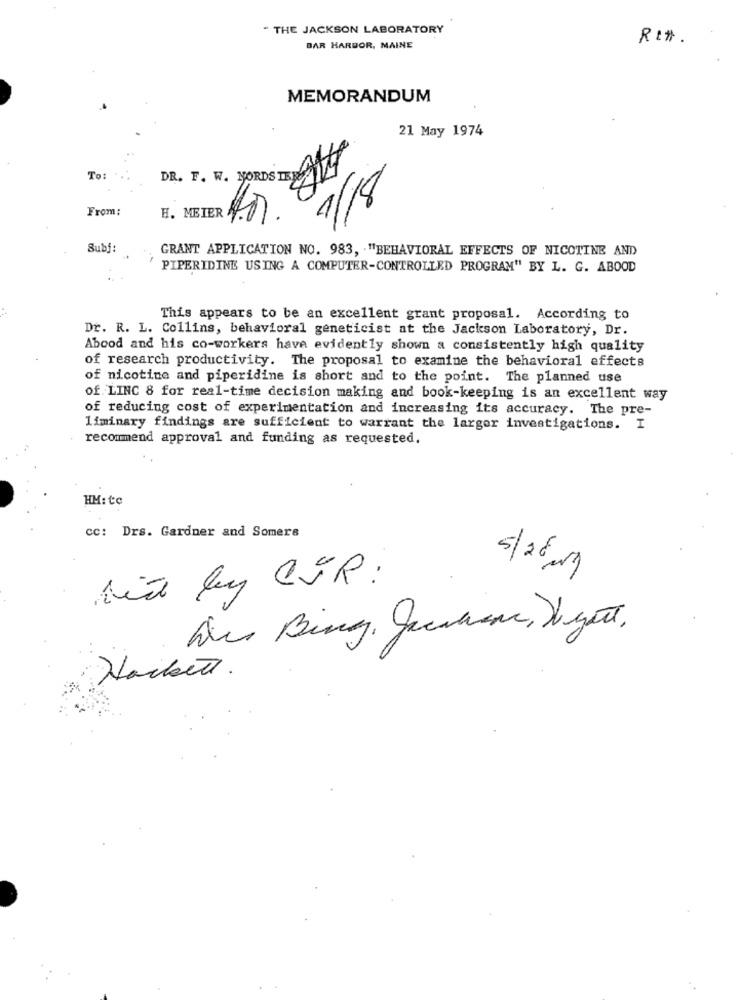
- THE JACKSON LABORATORY
Ret .
BAR HARBOR, MAINE
MEMORANDUM
21 May 1974
DR. T. W. WORDS TAK
To:
1/18
From:
H. MEIER
Subf:
GRANT APPLICATION NO. 983, "BEHAVIORAL EFFECTS OF NICOTINE AND
PIPERIDINE USING A COMPUTER-CONTROLLED PROGRAM" BY L. G. ABOOD
This appears to be an excellent grant proposal. According to
Dr. R. L. Collins, behavioral geneticist at the Jackson Laboratory, Dr.
Abood and his co-workers have evidently shown a consistently high quality
of research productivity. The proposal to examine the behavioral effects
of nicotine and piperidine is short and to the point. The planned use
of LINC 8 for real-time decision making and book-keeping is an excellent way
of reducing cost of experimentation and increasing its accuracy. The pre-
liminary findings are sufficient to warrant the larger investigations. I
recommend approval and funding as requested.
HM: te
cc: Drs. Gardner and Somers
5/26/19
Did ly CVR :
Des Bing, Jechane, Veget.
Hackett.